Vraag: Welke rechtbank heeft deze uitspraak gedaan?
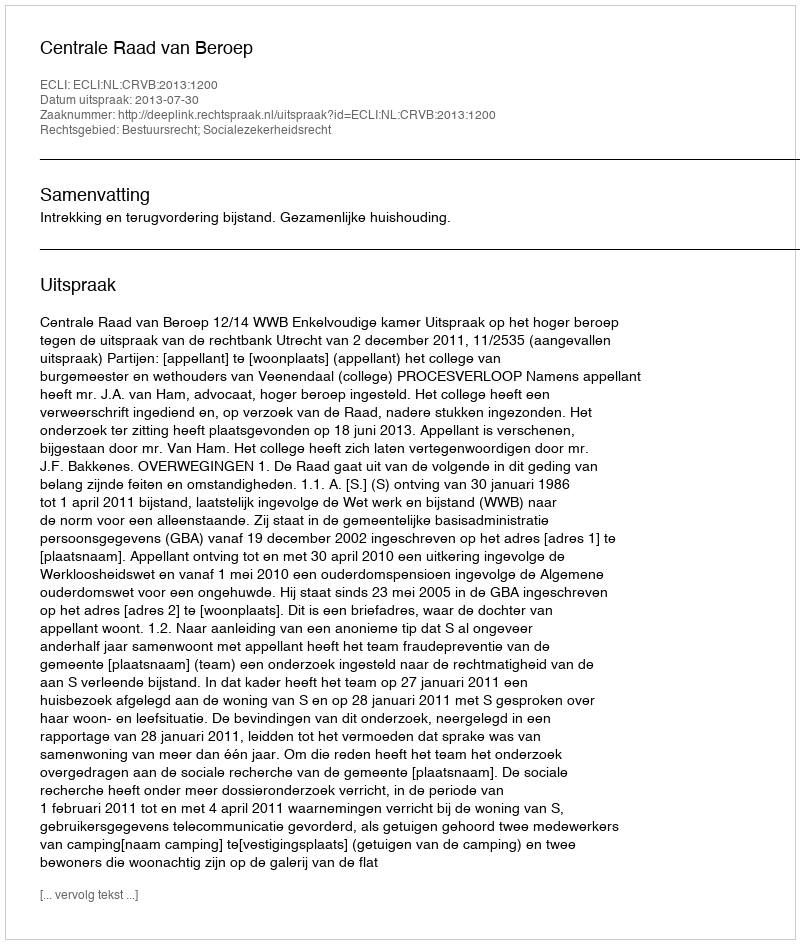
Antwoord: Centrale Raad van Beroep